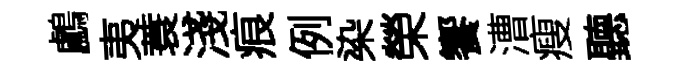
鸕夷蓑淺痕例染榮饗漕瘦聽